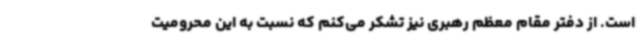
است. از دفتر مقام معظم رهبری نیز تشکر می‌کنم که نسبت به این محرومیت